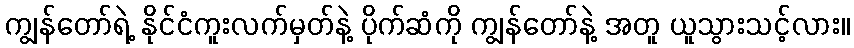
ကျွန်တော်ရဲ့ နိုင်ငံကူးလက်မှတ်နဲ့ ပိုက်ဆံကို ကျွန်တော်နဲ့ အတူ ယူသွားသင့်လား။